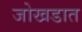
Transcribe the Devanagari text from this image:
जोखडात